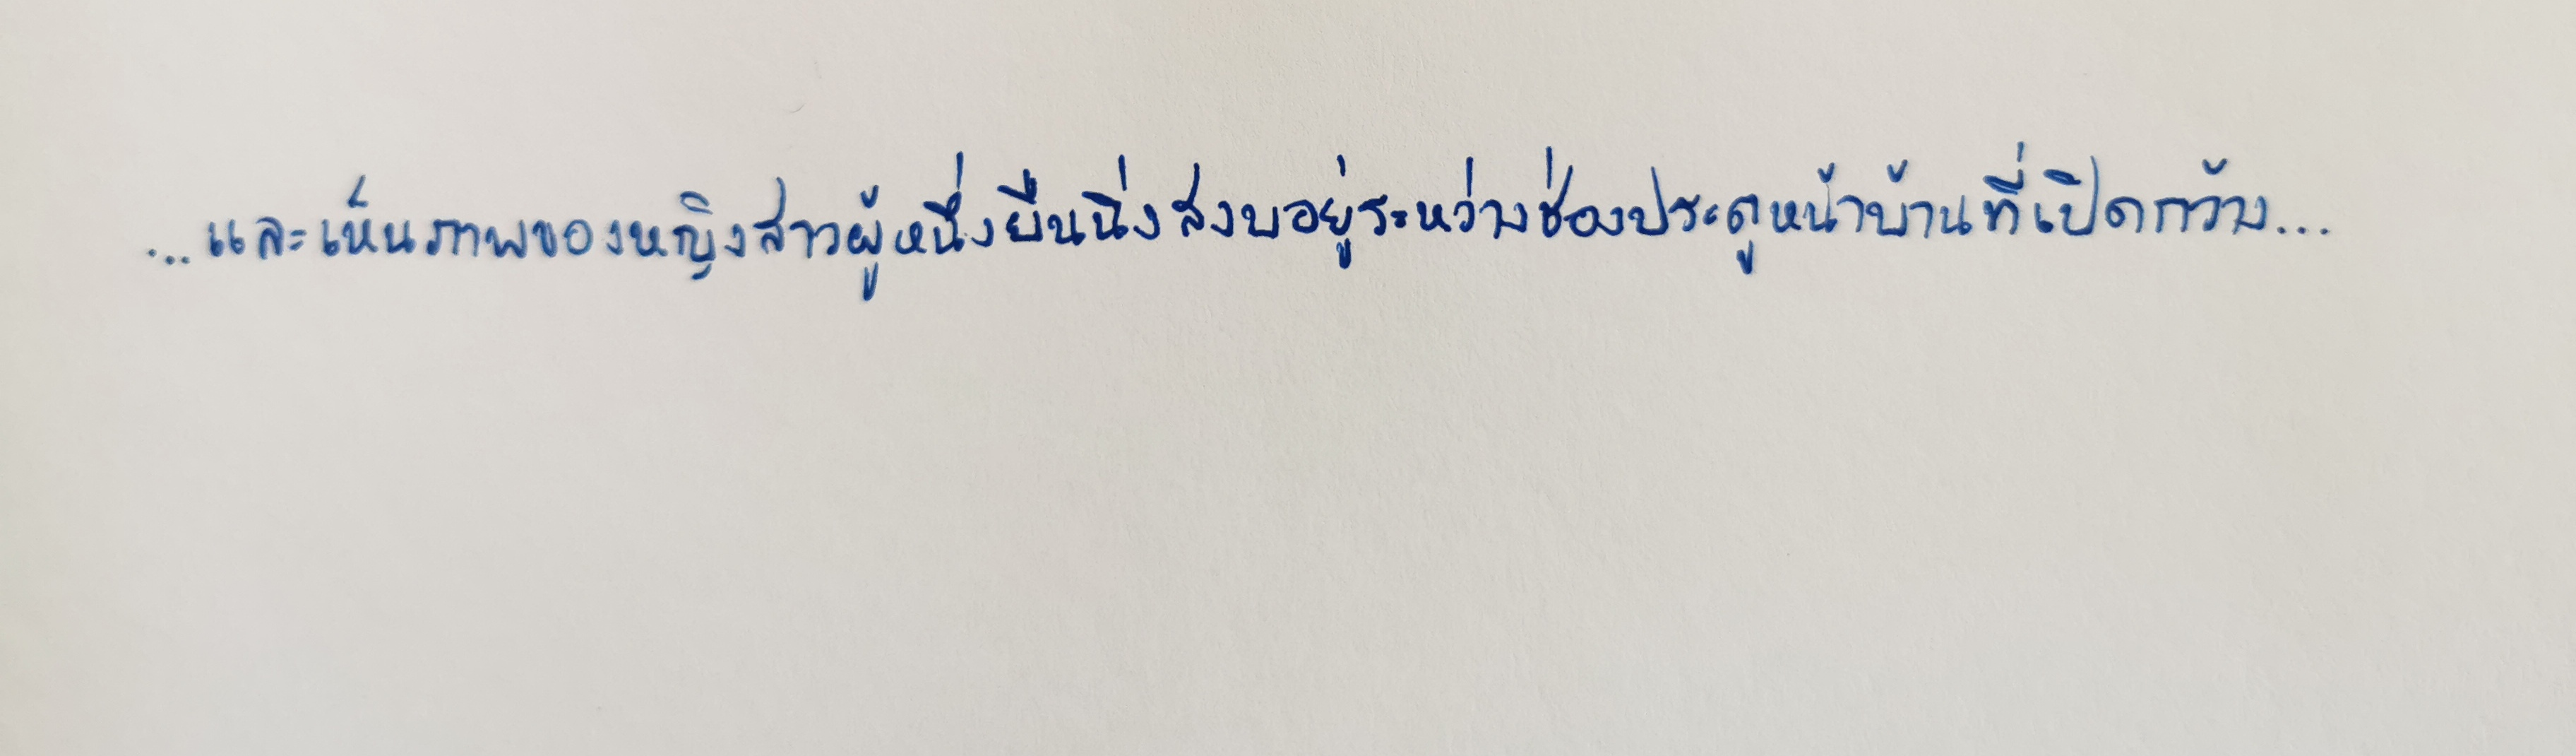
...และเห็นภาพของหญิงสาวผู้หนึ่งยืนนิ่งสงบอยู่ระหว่างช่องประตูหน้าบ้านที่เปิดกว้าง...